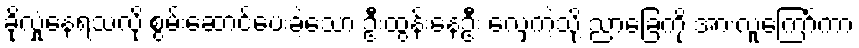
ခိုလှုံနေရသလို စွမ်းဆောင်ပေးခဲ့သော ဦးထွန်းနေဦး လှေကဲ့သို့ ညာခြေကို အားလူကြော်ကာ